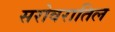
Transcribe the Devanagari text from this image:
सरोवरातिल